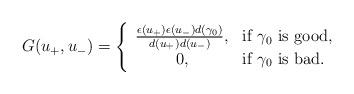
LaTeX: \begin{align*}G(u_+,u_-) = \left\{\begin{array}{cl} \frac{\epsilon(u_+)\epsilon(u_-)d(\gamma_0)}{d(u_+)d(u_-)}, & \mbox{if $\gamma_0$ is good},\\0, & \mbox{if $\gamma_0$ is bad}.\end{array}\right.\end{align*}